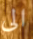
الى